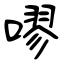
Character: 嘐